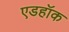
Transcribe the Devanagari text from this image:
एडहॉक